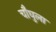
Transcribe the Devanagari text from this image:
चौघुला